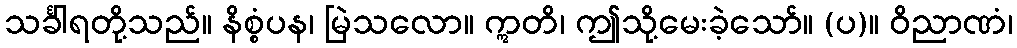
သင်္ခါရတို့သည်။ နိစ္စံပန၊ မြဲသလော။ ဣတိ၊ ဤသို့မေးခဲ့သော်။ (ပ)။ ဝိညာဏံ၊